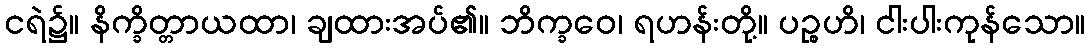
ငရဲ၌။ နိက္ခိတ္တာယထာ၊ ချထားအပ်၏။ ဘိက္ခဝေ၊ ရဟန်းတို့။ ပဉ္စဟိ၊ ငါးပါးကုန်သော။